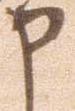
申